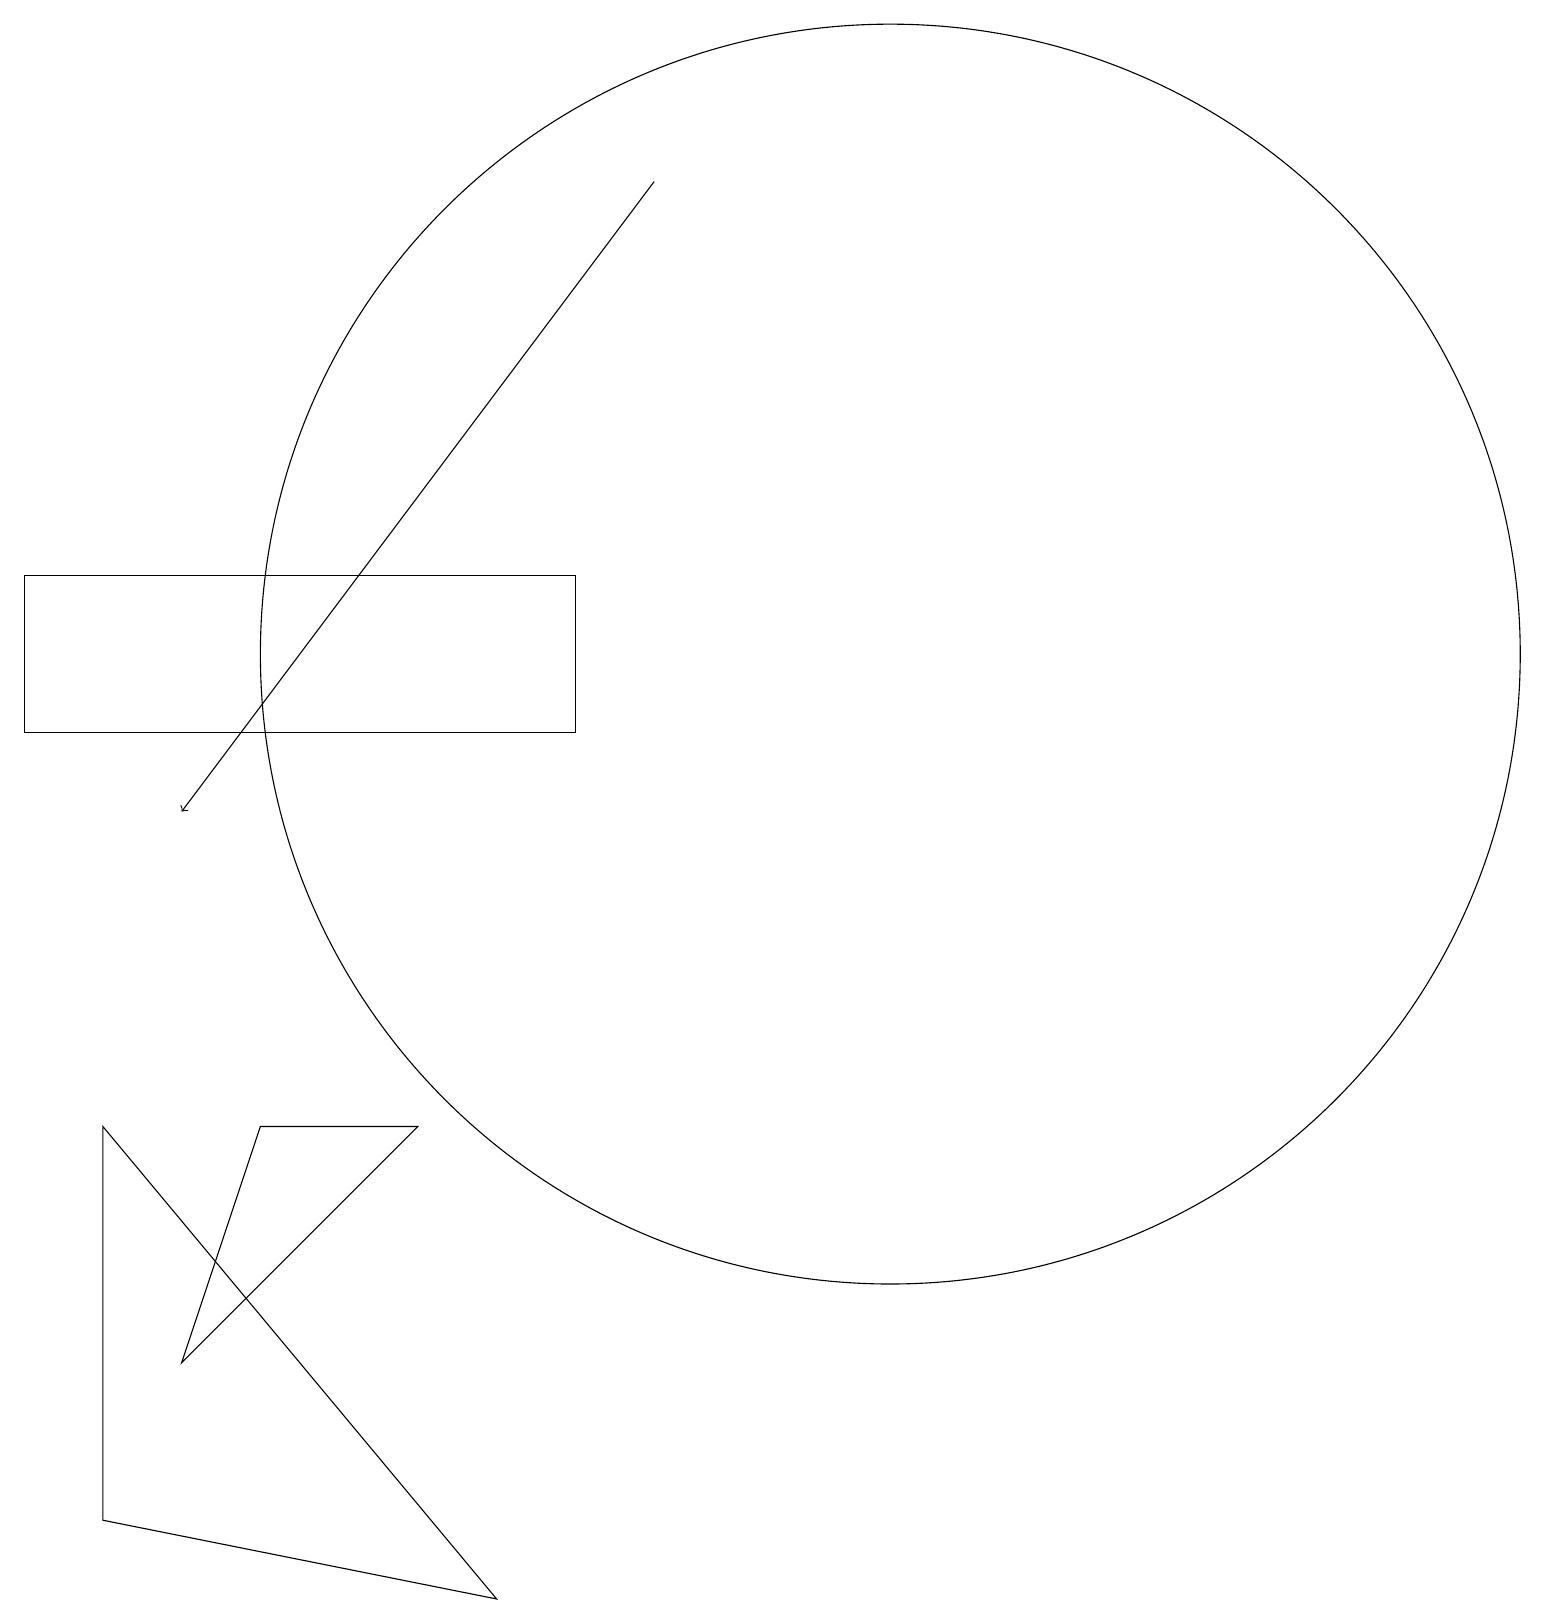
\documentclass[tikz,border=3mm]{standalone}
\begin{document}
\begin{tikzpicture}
\draw (11,12) circle (8);
\draw[->] (8,18) -- (2,10);
\draw (7,11) rectangle (0,13);
\draw (3,6) -- (5,6) -- (2,3) -- cycle;
\draw (1,6) -- (1,1) -- (6,0) -- cycle;
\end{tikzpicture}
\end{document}